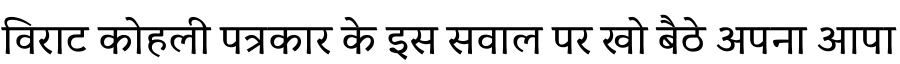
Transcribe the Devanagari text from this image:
विराट कोहली पत्रकार के इस सवाल पर खो बैठे अपना आपा